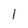
Character: l